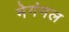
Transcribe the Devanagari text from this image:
मेगंगल